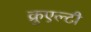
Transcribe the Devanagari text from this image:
क्रुएल्टी